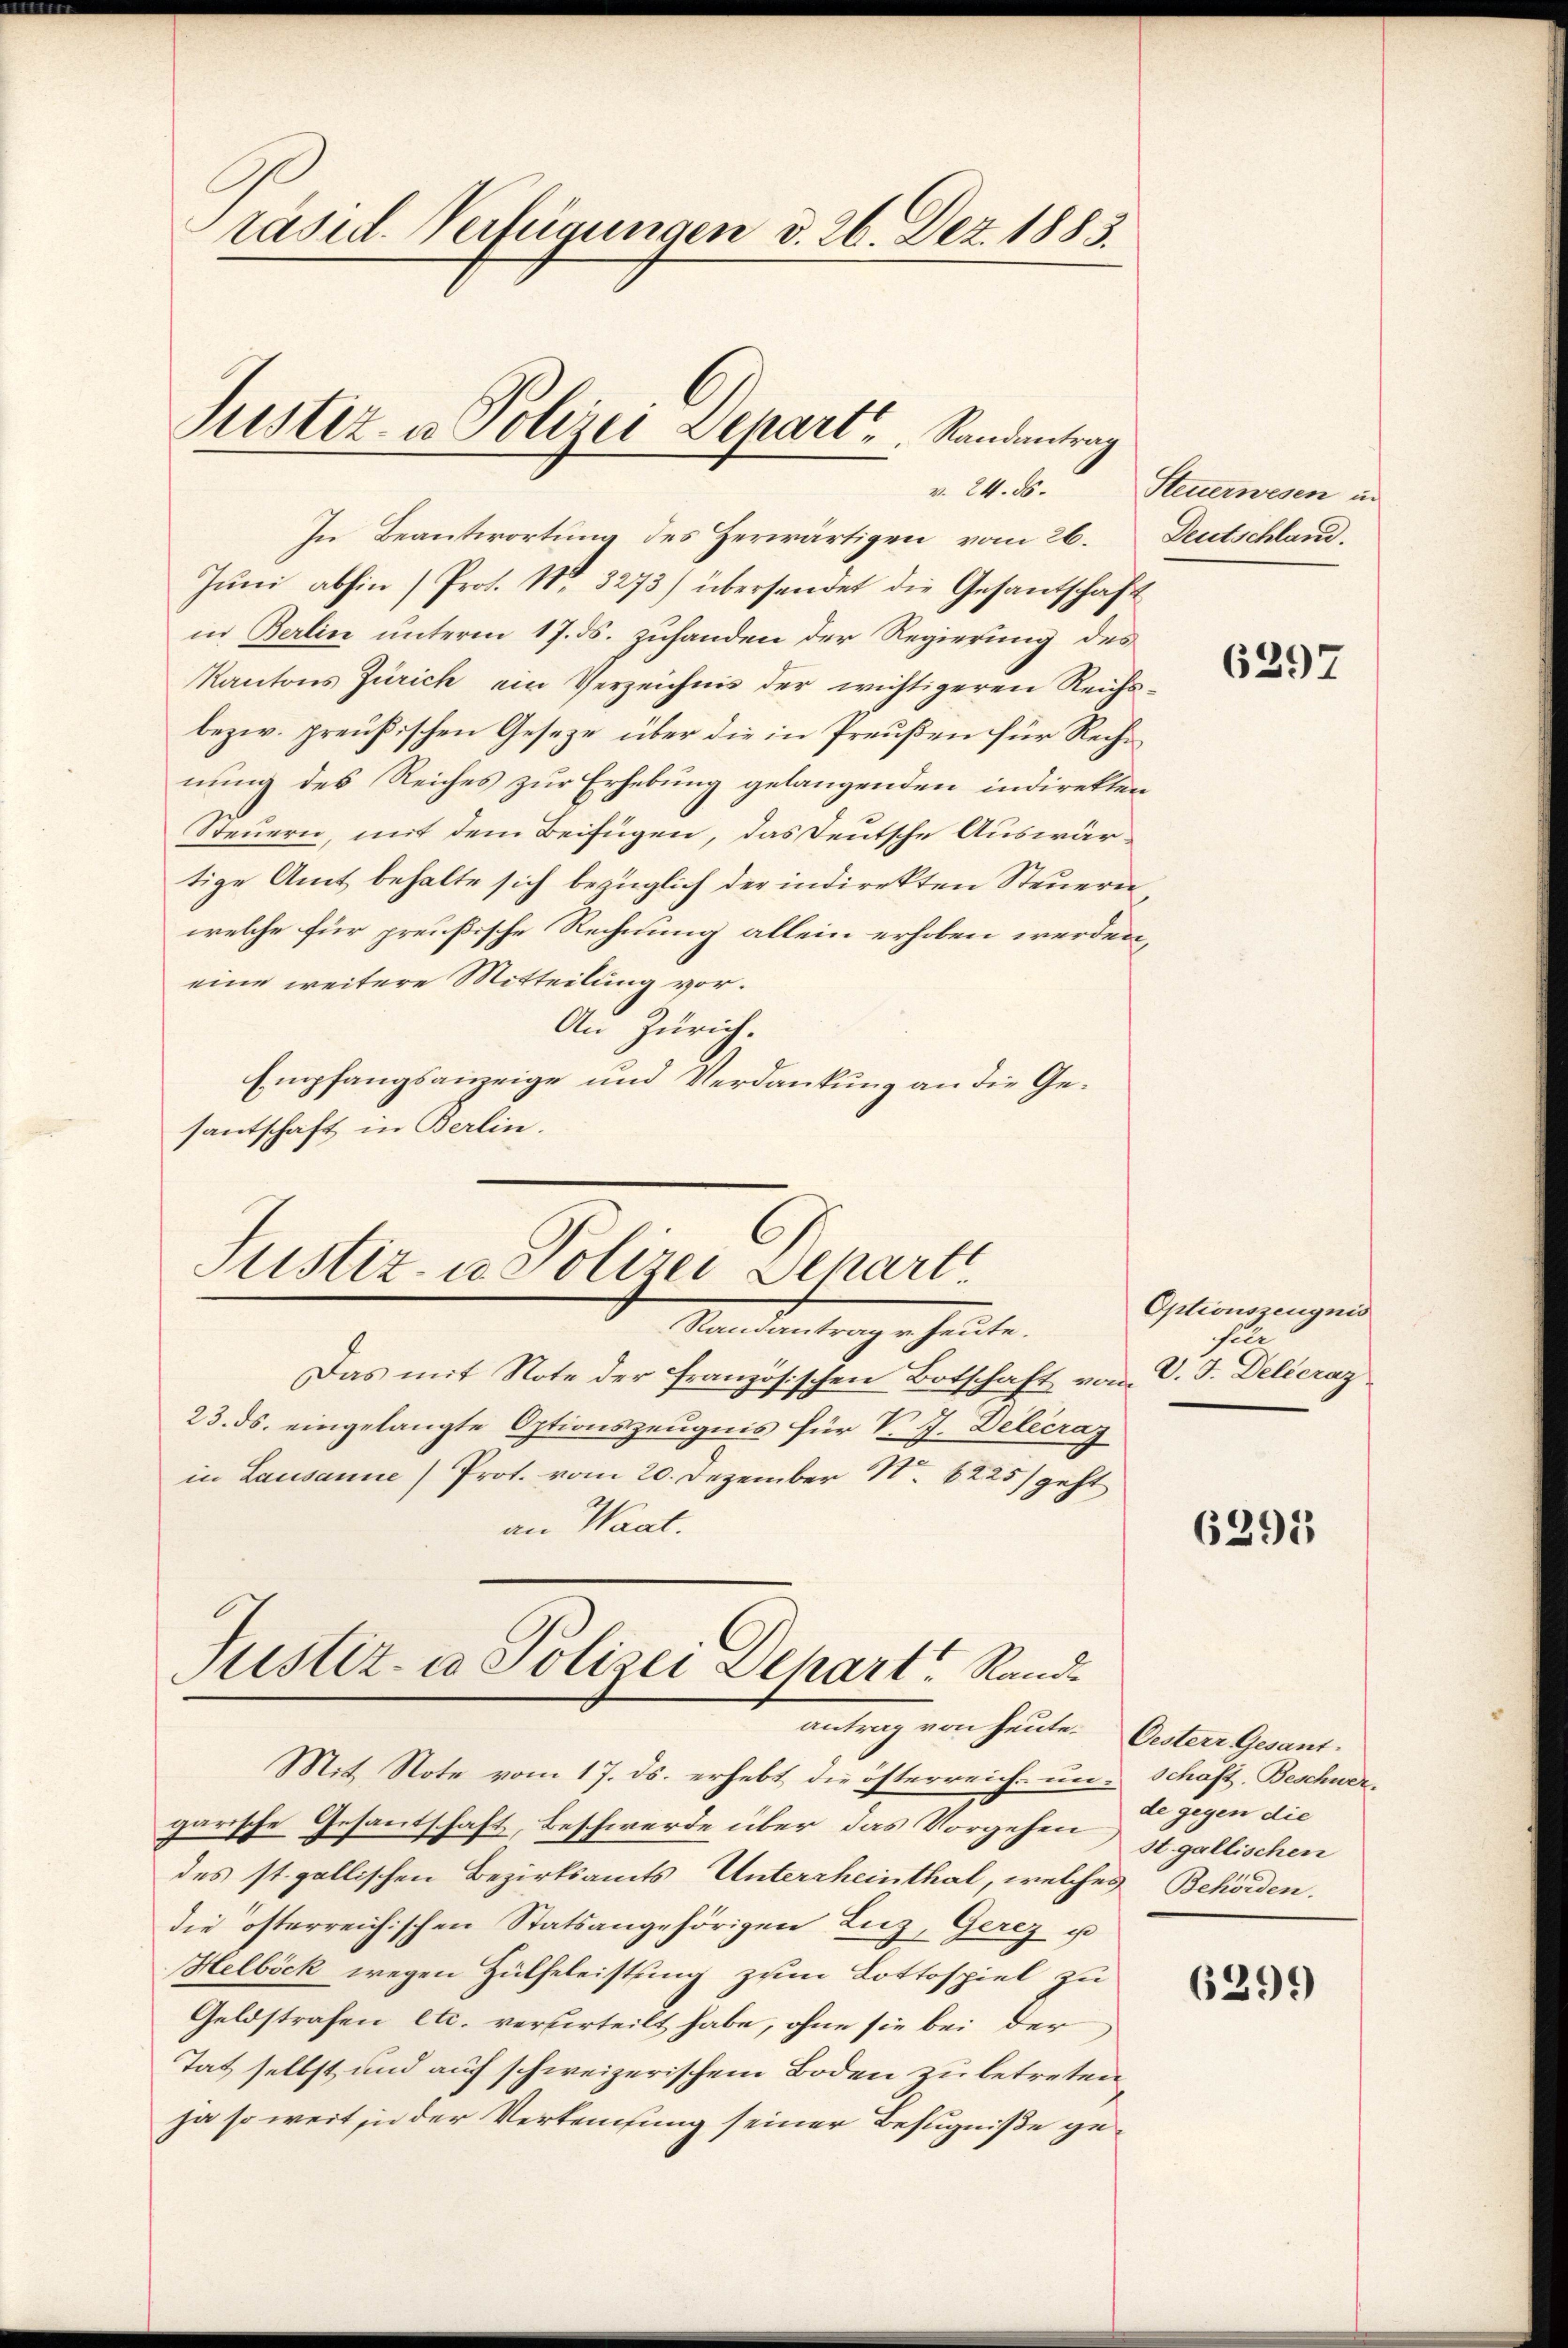
räsid. Verfügungen d. 26. Dez. 1883.
Justiz- u Polizei Depart       Randantrag

Jŭni abhin (Prot. Nr. 3273) übersendet die Gesandschaft
in Berlin unterm 17. ds. zuhanden der Regierung des
Kantons Zürich ein Verzeichnis der wichtigeren Reichs¬
bezw. preußischen Gesetze über die in Preußen für Rechnung des Reiches zur Erhebung gelangenden indirekten
Steuern, mit dem Beifügen, das Deutsche Auswärtige Amt behalte sich bezüglich der indirekten Steuern,
welche für preußische Rechnung allein erhoben werden,
eine weitere Mitteilung vor.
An Zürich.
Empfangsanzeige und Verdankung an die Gesantschaft in Berlin.
Justiz- u. Polizei Depart

In Beantwortung des Herwärtigen vom 26. Deutschland,

Randantrag v. heute.

Das mit Note der französischen Botschaft vom V. J. Delicraz
23. ds. eingelangte Optionszeugnis für V. J. Delecraz
in Lausanne (Prot. vom 20. Dezember No. 6225/ geht
an Waat.
Mit Note vom 17. ds. erhebt die österreich un- Schaft- Beschwer-
garische Gesantschaft, Beschwerde über das Vorgehen
des st. gallischen Bezirksamts Untersheinthal, welches Behörden.
die österreichischen Statsangehörigen Luz, Gerez u
Helböck wegen Hülfeleistung zum Lottospiel zu
Geldstrafen etc. verurteilt habe, ohne sie bei der
Tat selbst und auf schweizerischem Boden zu betreten,
ja so weit in der Verkensung seiner Befugniße ge¬

Justiz- u Polizei Depart Randantrag von heute.

v. 24. ds. Steuerwesen in

6297

Optionszeugnis
fe

6295

Oesterr Gesant.
de gegen die
st. gallischen

6299)